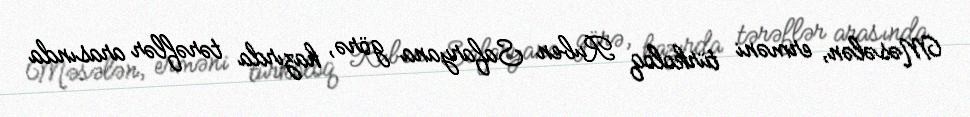
Məsələn, erməni türkoloq Ruben Safaryana görə, hazırda tərəflər arasında